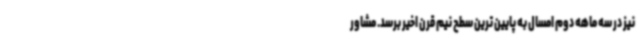
نیز در سه ماهه دوم امسال به پایین ترین سطح نیم قرن اخیر برسد. مشاور